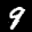
Label: 9